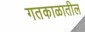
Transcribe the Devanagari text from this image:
गतकाळातील